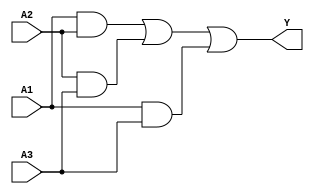
module combinational_logic (
    input wire A1,      // First input
    input wire A2,      // Second input
    input wire A3,      // Third input
    output wire Y       // Output
);

// Sum of Products (SOP) form: Y = A1A2 + A2A3 + A1A3
wire term1, term2, term3;

// AND gates for product terms
assign term1 = A1 & A2; // A1A2
assign term2 = A2 & A3; // A2A3
assign term3 = A1 & A3; // A1A3

// OR gate for final output
assign Y = term1 | term2 | term3; // Y = A1A2 + A2A3 + A1A3

endmodule